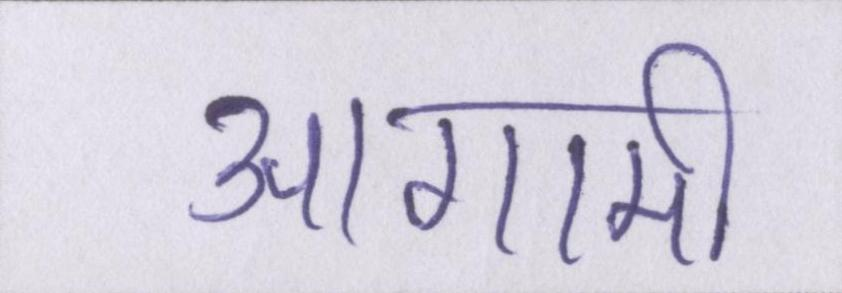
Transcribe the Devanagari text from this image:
आगामी